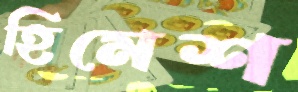
হিমেশ